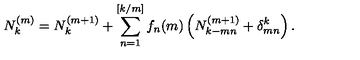
N _ { k } ^ { ( m ) } = N _ { k } ^ { ( m + 1 ) } + \sum _ { n = 1 } ^ { [ k / m ] } f _ { n } ( m ) \left( N _ { k - m n } ^ { ( m + 1 ) } + \delta _ { m n } ^ { k } \right) .